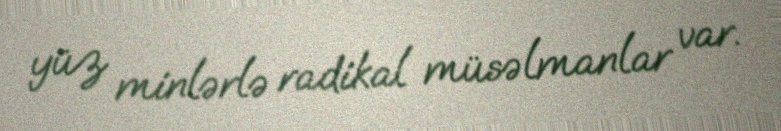
yüz minlərlə radikal müsəlmanlar var.